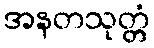
အနတသုတ္တံ